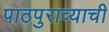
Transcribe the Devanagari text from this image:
पाठपुराव्याची